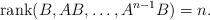
LaTeX: \begin{align*} \mbox{rank}(B,AB,\dots,A^{n-1}B)=n. \end{align*}